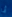
أنا